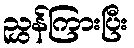
ညွှန်ကြားပြီး